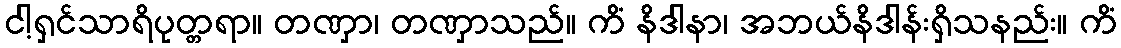
ငါ့ရှင်သာရိပုတ္တရာ။ တဏှာ၊ တဏှာသည်။ ကိံ နိဒါနာ၊ အဘယ်နိဒါန်းရှိသနည်း။ ကိံ